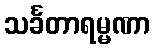
သင်္ခတာရမ္မဏာ